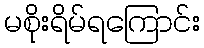
မစိုးရိမ်ရကြောင်း